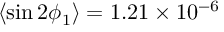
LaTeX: \langle \sin 2 \phi _ { 1 } \rangle = 1 . 2 1 \times 1 0 ^ { - 6 }